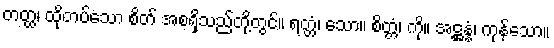
တတ္ထ၊ ထိုတပ်သော စိတ် အစရှိသည်တို့တွင်။ ရတ္တံ၊ သော။ စိတ္တံ၊ ကို။ အဋ္ဌန္နံ၊ ကုန်သော။